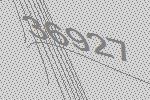
36927